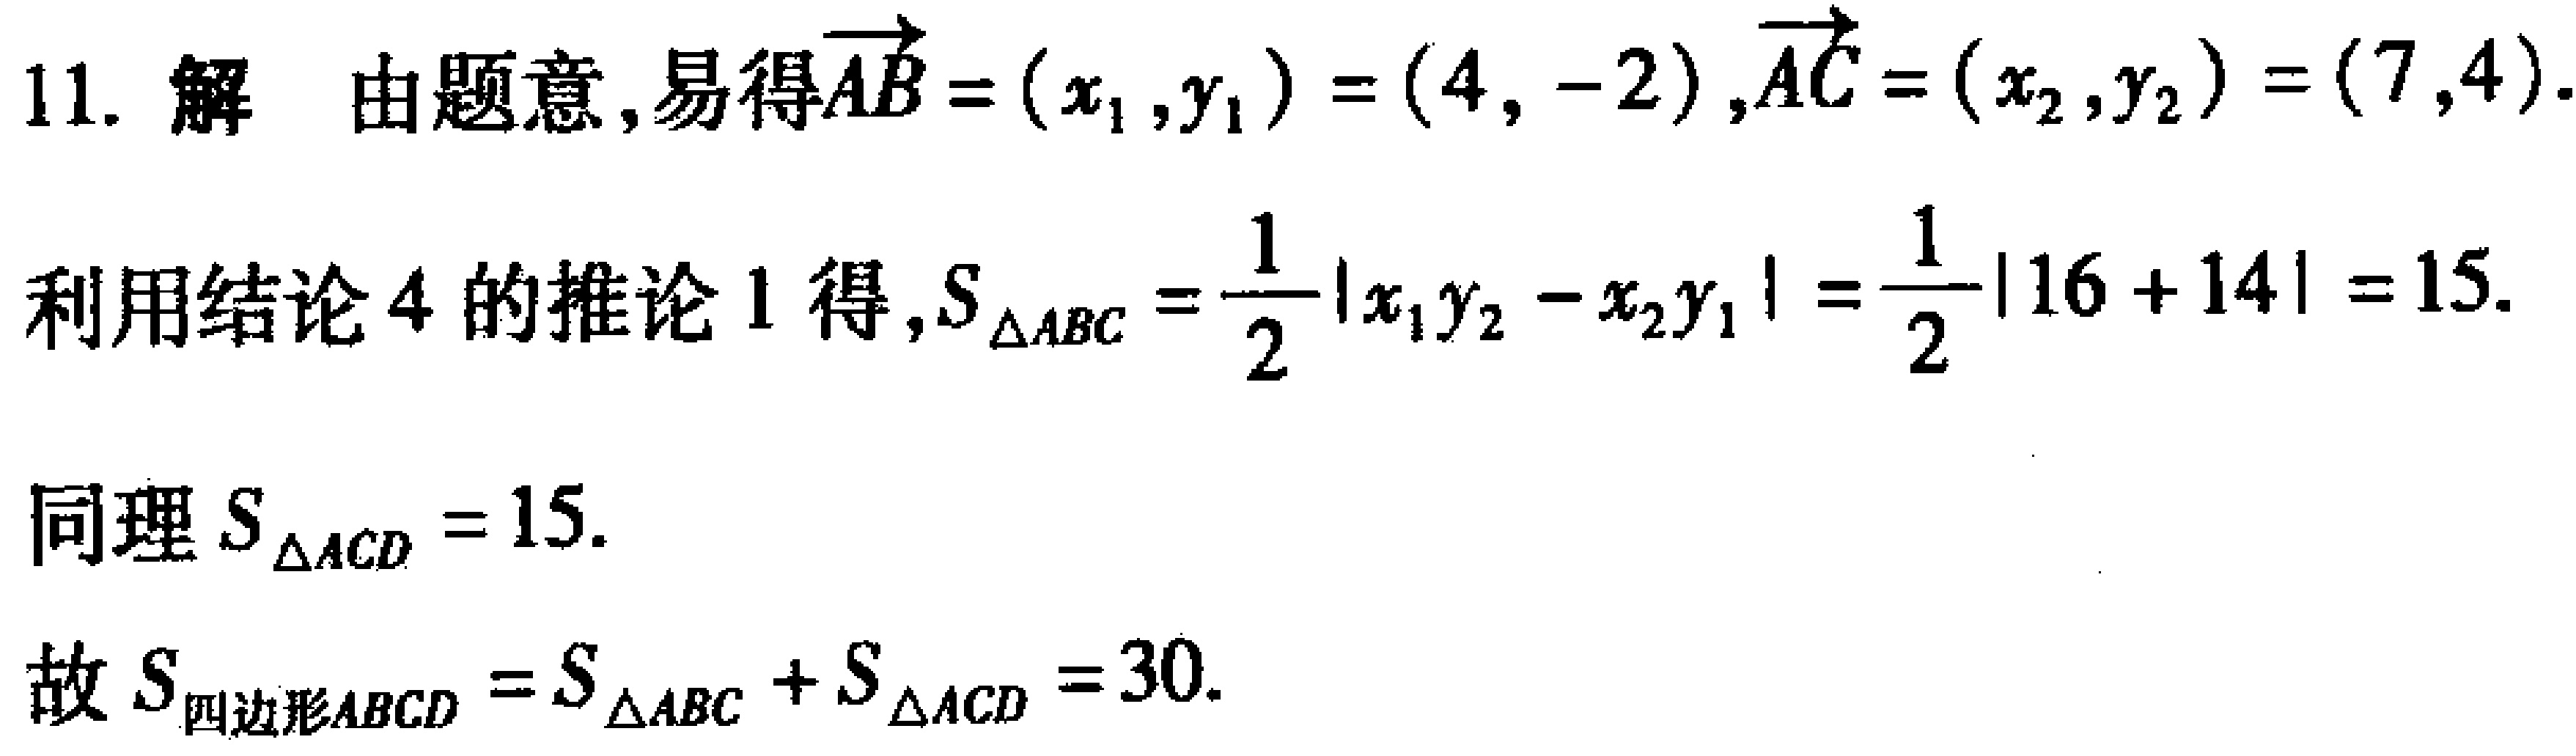
11. 解 由题意, 易得$\overrightarrow{AB}=(x_1,y_1)=(4, -2),\overrightarrow{AC}=(x_2,y_2)=(7,4)$.
利用结论 4 的推论 1 得, $S_{\triangle ABC}=\frac{1}{2}|x_1y_2 - x_2y_1|=\frac{1}{2}|16 + 14| = 15$.
同理$S_{\triangle ACD}=15$.
故$S_{四边形ABCD}=S_{\triangle ABC}+S_{\triangle ACD}=30$.